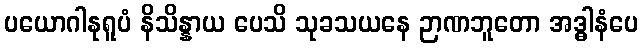
ပယောဂါနုရူပံ နိသိန္နာယ ပေသိ သုခသယနေ ဉာဏဘူတော အဒ္ဓါနံပေ